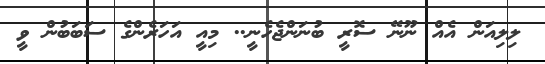
ލިލިއަން އެއް ނޫނޭ ސޮރީ ބުނަންޖެހެނީ.. މިއީ އަހަރެންގެ ސަބަބުން ވީ